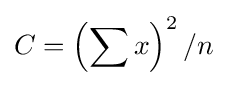
C=\left(\sum x\right)^{2}/n